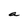
Character: a